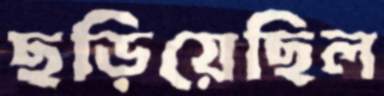
ছড়িয়েছিল